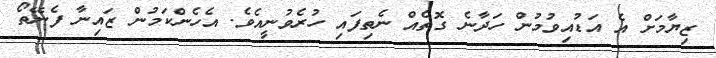
ޒިޔާމަށް އެ އަޑުއިވުމުން ހަދާނެ ގޮތެއް ނެތިފައި ހުރެވުނީއެވެ. އެހެންކަމުން ޒައިނާ ފެނޭތޯ